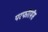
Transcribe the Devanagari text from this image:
परफौरमेंस